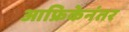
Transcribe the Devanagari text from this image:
आफ्रिकेनंतर